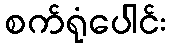
စက်ရုံပေါင်း